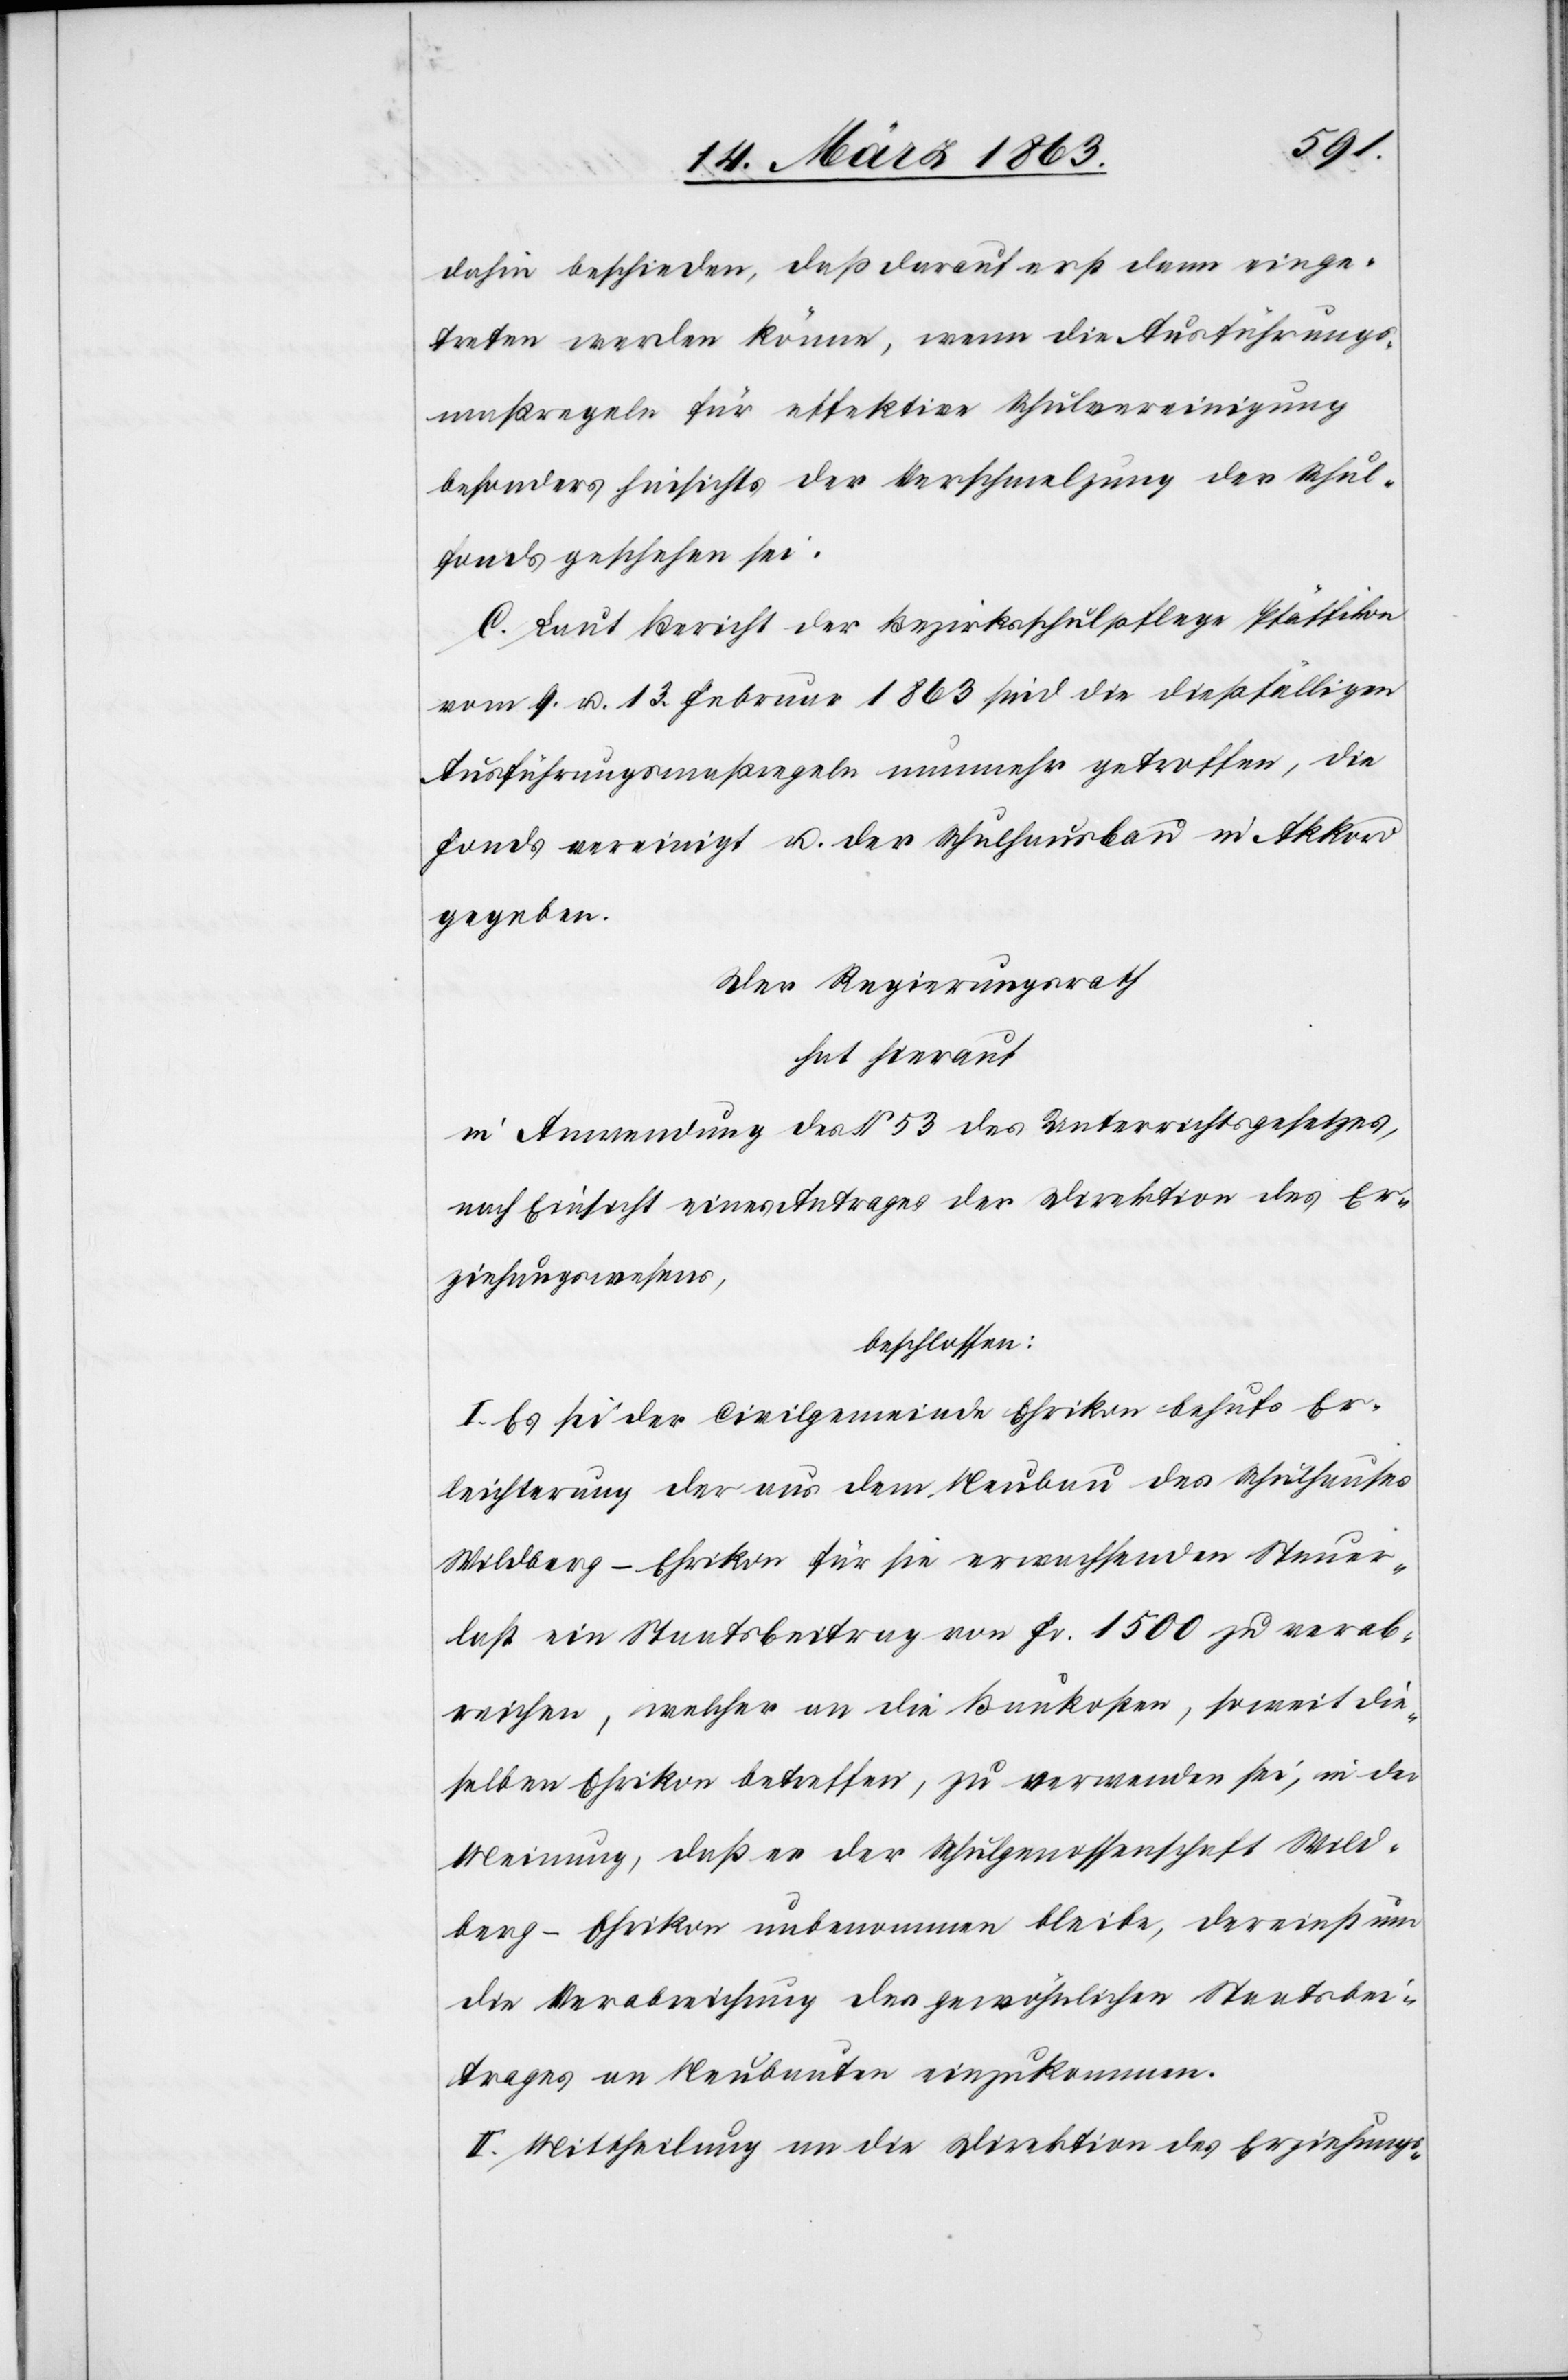
dahin beschieden, daß darauf erst dann einge¬
treten werden könne, wenn die Ausführungs¬
maßregeln für effektive Schulvereinigung
besonders hinsichts der Verschmelzung der Schul¬
fonds geschehen sei.
C. Laut Bericht der Bezirksschulpflege Pfäffikon
vom 9. u. 13. Februar 1863 sind die dießfälligen
Ausführungsmaßregeln nunmehr getroffen, die
Fonds vereinigt u. der Schulhausbau in Akkord
gegeben.
Der Regierungsrath
hat hierauf
in Anwendung des § 53 des Unterrichtsgesetzes,
nach Einsicht eines Antrages der Direktion des Er¬
ziehungswesens,
beschlossen:
I. Es sei der Civilgemeinde Ehrikon behufs Er¬
leichterung der aus dem Neubau des Schulhauses
Wildberg-Ehrikon für sie erwachsenden Steuer¬
last ein Staatsbeitrag von Fr. 1500 zu verab¬
reichen, welcher an die Baukosten, soweit die¬
selben Ehrikon betreffen, zu verwenden sei, in der
Meinung, daß er der Schulgenossenschaft Wild¬
berg-Ehrikon unbenommen bleibe, dereinst um
die Verabreichung des gewöhnlichen Staatsbei¬
trages an Neubauten einzukommen.
II. Mittheilung an die Direktion des Erziehungs-